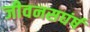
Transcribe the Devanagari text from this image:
जीवनसघंर्ष